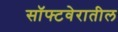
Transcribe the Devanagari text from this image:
सॉफ्टवेरातील